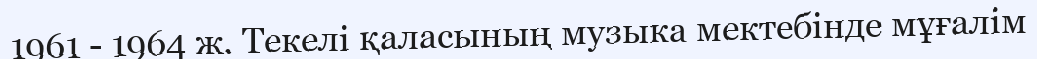
1961 - 1964 ж. Текелі қаласының музыка мектебінде мұғалім